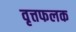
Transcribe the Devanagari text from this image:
वृत्तफलक